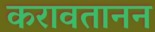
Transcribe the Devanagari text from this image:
करावतानन